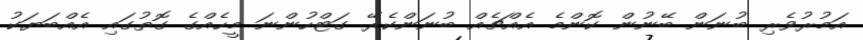
އަމުރުވެރި ބުނަން ބޭނުން ކޮންމެ އެއްޗެއް ބުނަންކެރޭ ގަޓްހުންނަ މީހެއްގެ ގޮތުގައި އެއްބަޔަކު